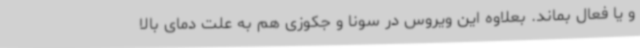
و یا فعال بماند. بعلاوه این ویروس در سونا و جکوزی هم به علت دمای بالا